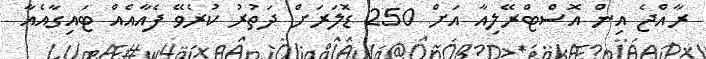
ރާއްޖެ އިން އޮސްޓްރޭލިއާ އަށް 250 ޑޮލަރަށް ދަތުރު ކުރެވޭ ފެއާއެއް ޓައިގާއެއާ